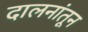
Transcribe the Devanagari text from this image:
दालनांतून